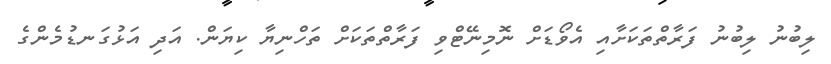
ލިބުނު ލިބުނު ފަރާތްތަކަށާއި އެވޯޑަށް ނޮމިނޭޓްވި ފަރާތްތަކަށް ތަހްނިޔާ ކިޔަން. އަދި އަޅުގަނޑުމެންގެ